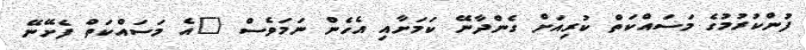
ފުންކުރުމުގެ މަސައްކަތް ކުރިއަށް ގެންދާނޭ ކަމަށާއި އެހެން ނަމަވެސް "އެ މަސައްކަތް ފެށޭނޭ